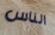
الناس